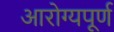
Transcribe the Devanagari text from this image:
आरोग्यपूर्ण